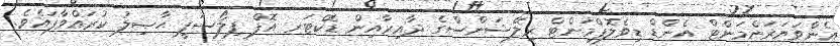
އެންވަޔަރަންމަންޓް އެންޑް ޑިވެލޮޕްމަންޓް ރިލޭޝަންސްގެ ދާއިރާއިން ޑޮކްޓަރ އޮފް ފިލޯސަފީ ޙާޞިލު ކުރައްވާފައެވެ.